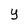
Character: y